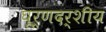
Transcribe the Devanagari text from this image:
घूर्णदर्शीय